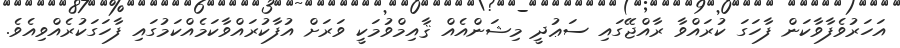
އަހަރުވެފާވާކަން ފާހަގަ ކުރައްވާ ރާއްޖޭގައި ސަޢުދީ މިޝަންއެއް ޤާއިމްވުމަކީ ވަރަށް އުފާކުރައްވާކަމެއްކަމުގައި ފާހަގަކުރެއްވިއެވެ.